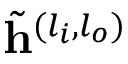
\tilde { \mathbf { h } } ^ { ( l _ { i } , l _ { o } ) }